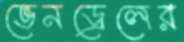
ভেনড্রেলের